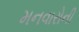
મનવારોની